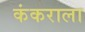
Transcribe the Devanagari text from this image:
कंकराला